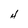
Character: H